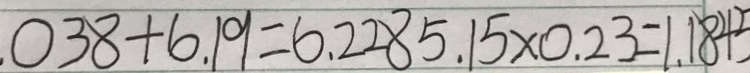
0 3 8 + 6 . 1 9 = 6 . 2 2 8 5 . 1 5 \times 0 . 2 3 = 1 . 1 8 4 5